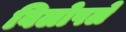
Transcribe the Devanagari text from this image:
विलोपले